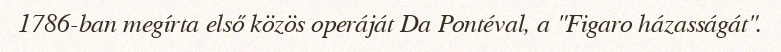
1786-ban megírta első közös operáját Da Pontéval, a "Figaro házasságát".